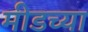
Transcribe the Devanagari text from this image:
मीडच्या